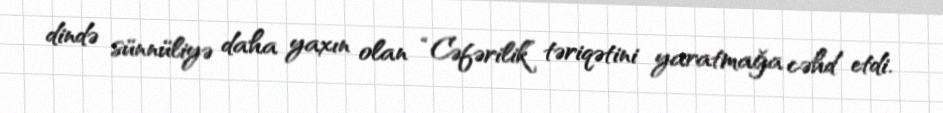
dində sünnüliyə daha yaxın olan “Cəfərilik” təriqətini yaratmağa cəhd etdi.